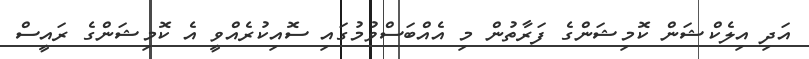
އަދި އިލެކްޝަން ކޮމިޝަންގެ ފަރާތުން މި އެއްބަސްވުމުގައި ސޮއިކުރެއްވީ އެ ކޮމިޝަންގެ ރައީސް